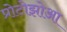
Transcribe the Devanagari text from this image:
प्रोटोझोआ